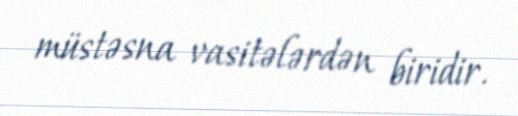
müstəsna vasitələrdən biridir.